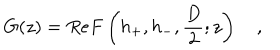
G ( z ) = R e F \left( h _ { + } , h _ { - } , \frac { D } { 2 } ; z \right) \quad ,